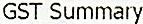
GST SUMMARY